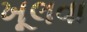
ખૂલવા